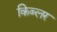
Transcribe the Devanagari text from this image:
किब्लर